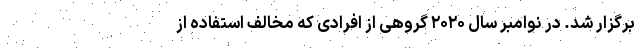
برگزار شد. در نوامبر سال ۲۰۲۰ گروهی از افرادی که مخالف استفاده از